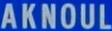
AKNOUL